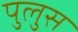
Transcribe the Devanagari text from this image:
पुलुस